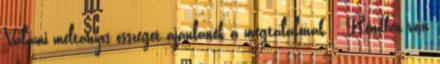
Valami méltányos összeget ajánlanék a megtalálónak. - Rendben van